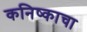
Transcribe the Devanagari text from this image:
कनिष्काचा